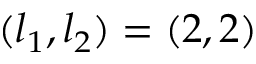
( l _ { 1 } , l _ { 2 } ) = ( 2 , 2 )